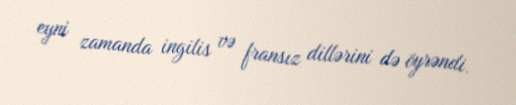
eyni zamanda ingilis və fransız dillərini də öyrəndi.